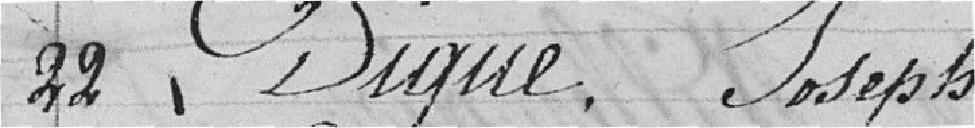
22 Digne, Joseph